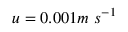
u = 0 . 0 0 1 m \ s ^ { - 1 }